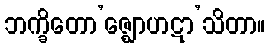
ဘက္ခိတော’ဇ္ဈောဟဋာ’သိတာ။